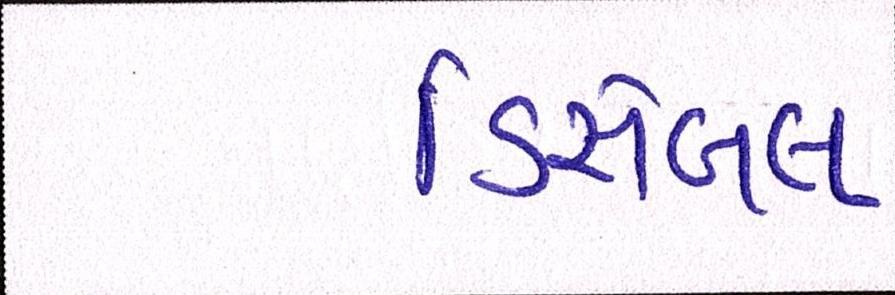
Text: ડિસેબલ